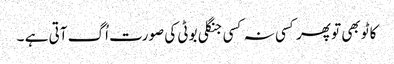
کاٹو بھی تو پھر کسی نہ کسی جنگلی بوٹی کی صورت اُگ آتی ہے ۔